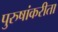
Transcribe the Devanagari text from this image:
पुरुषांकरीता